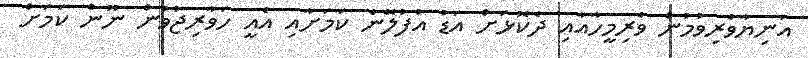
އަނިޔާވެރިވުމުން ވެރިމީހާއާއި ދެކޮޅަށް އަޑު އުފުލޭނެ ކަމަށާއި އެއީ ހަވާރިޖުވުން ނޫން ކަމަށް